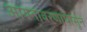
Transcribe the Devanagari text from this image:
आयनावरणापासून